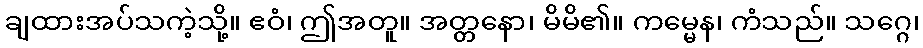
ချထားအပ်သကဲ့သို့။ ဧဝံ၊ ဤအတူ။ အတ္တနော၊ မိမိ၏။ ကမ္မေန၊ ကံသည်။ သဂ္ဂေ၊